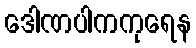
ဒေါဏပါကကုရေန